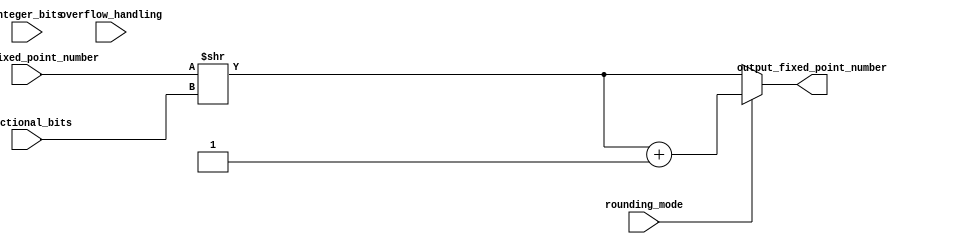
module fixed_point_converter (
    input [15:0] input_fixed_point_number,
    input [3:0] integer_bits,
    input [3:0] fractional_bits,
    input rounding_mode,
    input overflow_handling,
    output reg [15:0] output_fixed_point_number
);

    always @(*) begin
        // Convert fixed-point number based on integer and fractional bits
        output_fixed_point_number = input_fixed_point_number >> fractional_bits;

        // Handle rounding mode
        if (rounding_mode) begin
            output_fixed_point_number = output_fixed_point_number + 1;
        end

        // Handle overflow
        if (overflow_handling) begin
            // Add overflow handling logic
        end
    end

endmodule